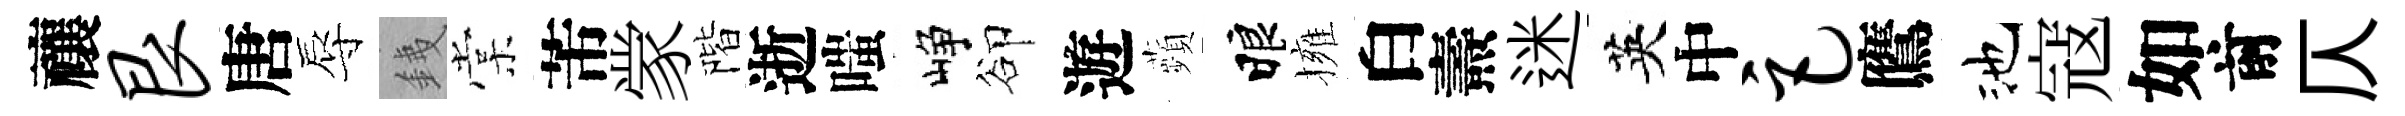
禳艮唐辱銕棠芾䝉階逝嗤峥卻遊蘋睱擁白燾迷英中巨鷹池寇如前仄